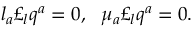
l _ { a } \pounds _ { l } q ^ { a } = 0 , \, \, \, \, \mu _ { a } \pounds _ { l } q ^ { a } = 0 .